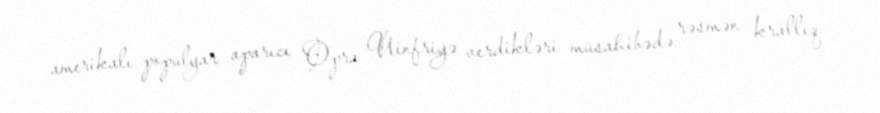
amerikalı populyar aparıcı Opra Uinfriyə verdikləri müsahibədə rəsmən krallıq